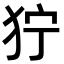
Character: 狞